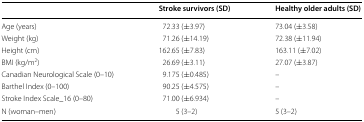
|  | Stroke survivors (SD) | Healthy older adults (SD) |
 | --- | --- | --- |
 | Age (years) | 72.33 (±3.97) | 73.04 (±3.58) |
 | Weight (kg) | 71.26 (±14.19) | 72.38 (±11.94) |
 | Height (cm) | 162.65 (±7.83) | 163.11 (±7.02) |
 | BMI (kg/m2) | 26.69 (±3.11) | 27.07 (±3.87) |
 | Canadian Neurological Scale (0–10) | 9.175 (±0.485) | – |
 | Barthel Index (0–100) | 90.25 (±4.575) | – |
 | Stroke Index Scale_16 (0–80) | 71.00 (±6.934) | – |
 | N (woman–men) | 5 (3–2) | 5 (3–2) |